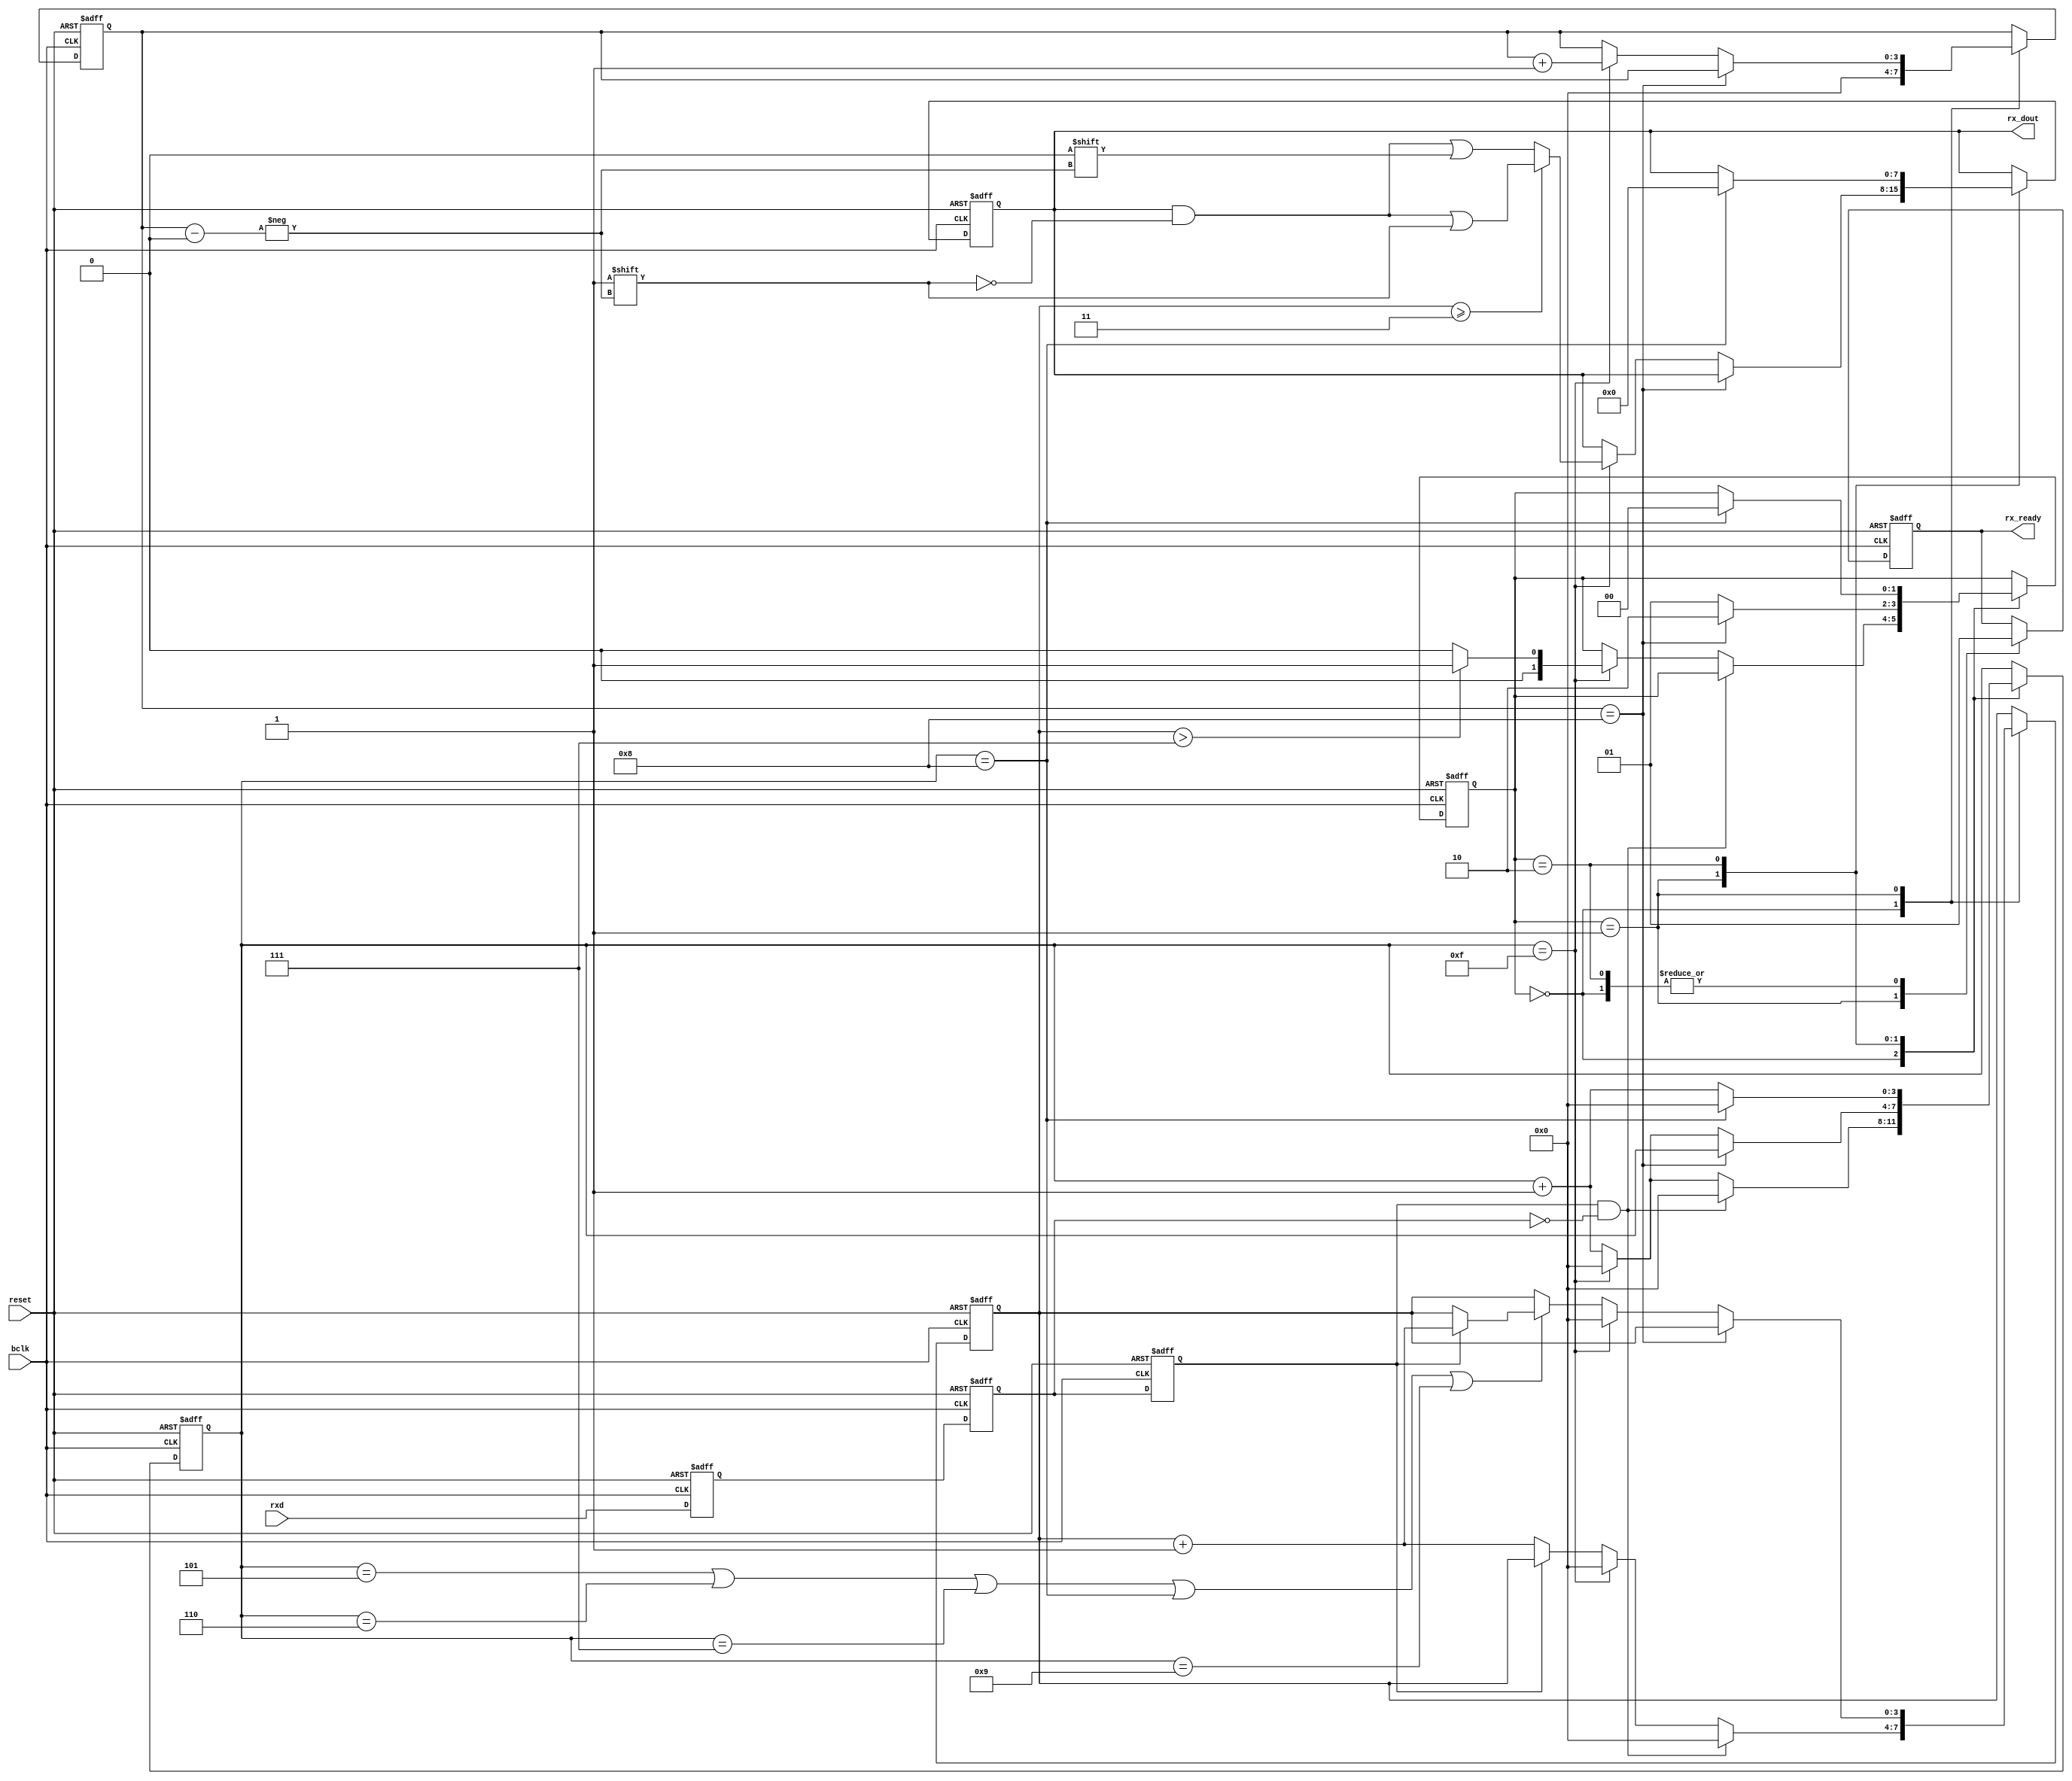
//============================================================================//
//  Module:         uart_rx.v
//  Author          
//  Creation Date:  
//  Last Modified:  
//  Purpose:
//============================================================================//

`timescale 1ns/1ps

module rs485_rx
(
  bclk, 
  reset, 
  rxd, 
  rx_ready, 
  rx_dout
);
//============================================================================//
// Inputs and Outputs 
//============================================================================//
  input         bclk;
  input         reset;
  input         rxd;
  output  reg   rx_ready;
  output [7:0]  rx_dout;
//============================================================================//
// Output regs
//============================================================================//
//============================================================================//
// Internal Signals declaration
//============================================================================//                
  reg    [1:0]  state;
  reg    [3:0]  cnt;
  reg    [3:0]  num;
  reg    [3:0]  dcnt;
  reg    [7:0]  rx_doutmp;  
  reg           rxd_reg;
  reg           rxd_reg2;
  reg           rxd_reg3;
  wire          rxd_fall;
//============================================================================//
// Parameters
//============================================================================//
  parameter [3:0] Lframe   = 8;
  parameter [1:0] s_idle   = 2'b00;
  parameter [1:0] s_sample = 2'b01;
  parameter [1:0] s_stop   = 2'b10;

//============================================================================//
// Main code start here
//============================================================================//
  always @ (negedge reset or posedge bclk)
  begin
      if(!reset)
	  begin
	      rxd_reg <= 1'b1;
		  rxd_reg2 <= 1'b1;
		  rxd_reg3 <= 1'b1;
	  end
	  else
	  begin
	      rxd_reg <= rxd;
          rxd_reg2<= rxd_reg;
	      rxd_reg3<= rxd_reg2;
	  end
  end
  assign rxd_fall = rxd_reg3 & !rxd_reg2; 

  assign rx_dout = rx_doutmp;


  always @ (negedge reset or posedge bclk ) 
  begin
      if (!reset) 
      begin
          state   <= s_idle;
          cnt     <= 4'b0;
          dcnt    <= 4'b0;
          num     <= 4'b0;
          rx_doutmp <= 8'b0;
          rx_ready <= 1'b1;
      end
      else 
      begin
          case(state)
          s_idle: 
          begin
              dcnt    <= 0;
              rx_ready <= 1;
              if(rxd_fall)
			  begin
				  cnt <= 0;
				  num <= 0;
		      end
              else if(cnt == 4'b1111) 
              begin
                  cnt <= 0;
                  if(num > 7) 
                  begin
                      state <= s_sample;
                      num <= 0;
                  end
                  else
                  begin
                    state <= s_idle;
                    num <= 0;
                  end
              end
              else 
              begin
                  cnt <= cnt + 1;
                  if(rxd_reg3 == 1'b0) 
                  begin
                      num <= num + 1;
                  end
                  else 
                  begin
                      num <= num;
                  end
              end
          end

          s_sample: 
          begin
              rx_ready <= 1'b0;
              if(dcnt == Lframe) 
              begin
                  state <= s_stop;
              end
              else 
              begin
                  state <= s_sample;
                  if(cnt == 4'b1111) 
                  begin
                      dcnt <= dcnt + 1;
                      cnt  <= 0;
                      if(num >= 3) 
                      begin
                          num <= 0;
                          rx_doutmp[dcnt] <= 1;
                      end
                      else 
                      begin
                          rx_doutmp[dcnt] <= 0;
                          num <= 0;
                      end
                  end
                  else 
                  begin
                      cnt <= cnt + 1;
					  if((cnt == 5) || (cnt == 6) || (cnt == 7) || (cnt == 8) || (cnt == 9))
					  begin
						  if(rxd_reg3 == 1'b1) 
                          begin
                              num <= num + 1;
                          end
                          else 
                          begin
                              num <= num;
                          end
					  end
                  end
              end
          end

          s_stop: 
          begin
              rx_ready <= 1'b1;
              if(cnt == 4'b1000) 
              begin
                  cnt <= 0;
				  rx_doutmp <= 0;
                  state <= s_idle;
              end
              else 
              begin
                  cnt <= cnt + 1;
              end
          end
          endcase
      end
  end
//============================================================================//
// Main code end here
//============================================================================// 
endmodule